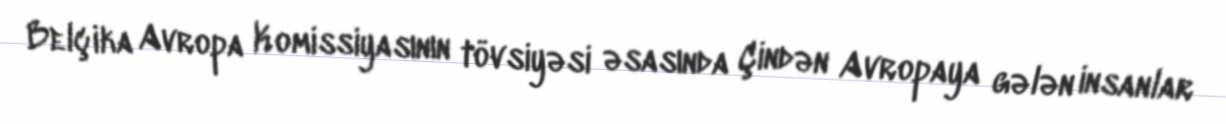
Belçika Avropa Komissiyasının tövsiyəsi əsasında Çindən Avropaya gələn insanlar